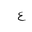
Letter: _ayn